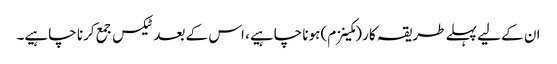
ان کے لیے پہلے طریقہ کار (مکینزم) ہونا چاہیے، اس کے بعد ٹیکس جمع کرنا چاہیے۔